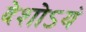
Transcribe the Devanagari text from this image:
देशोऽयं